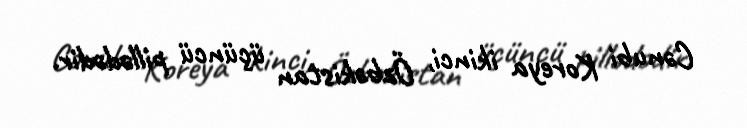
Cənubi Koreya ikinci, Özbəkistan üçüncü pillədədir.